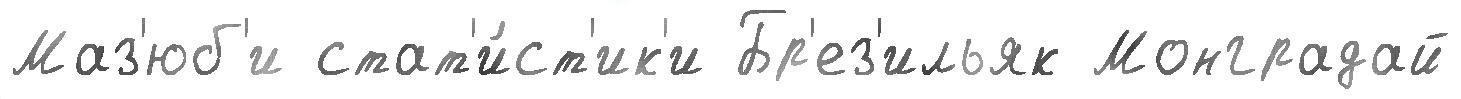
Маз'юб'и стат'и́ст'ик'и Бр'ез'ильяк Монградай